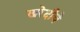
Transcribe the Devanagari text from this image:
खरेदीचे